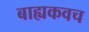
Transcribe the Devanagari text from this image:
बाह्यकवच